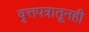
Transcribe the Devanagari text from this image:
वृत्तपत्रातूनही